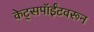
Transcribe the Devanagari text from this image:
केट्सपॉईंटवरून